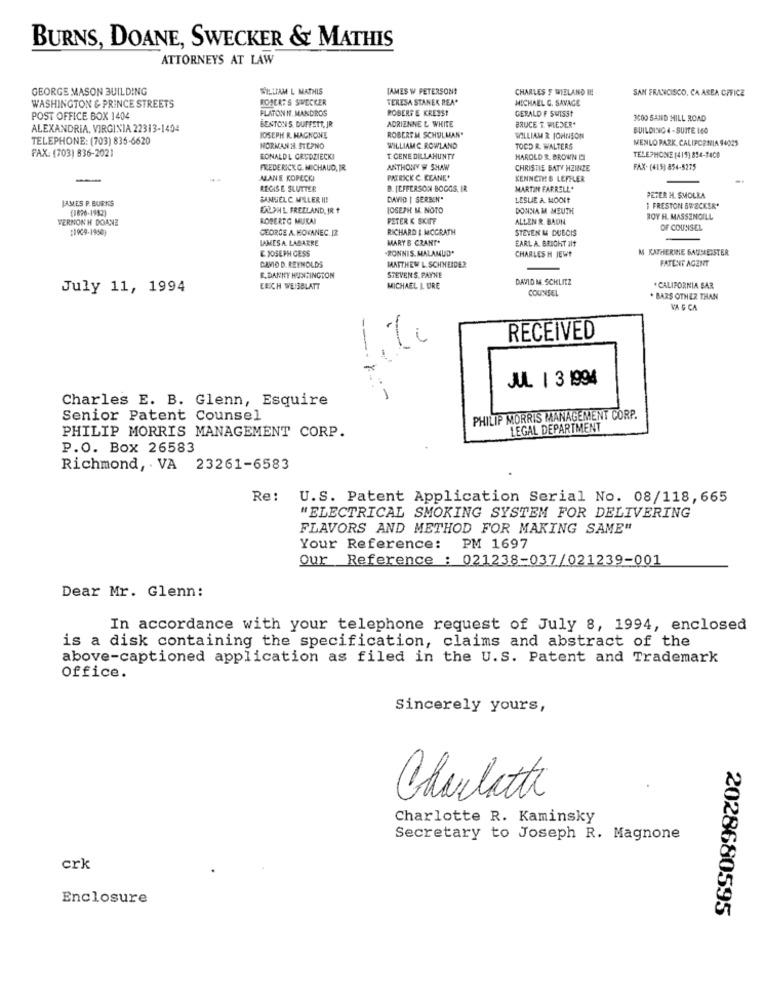
BURNS, DOANE, SWECKER & MATHIS
ATTORNEYS AT LAW
GEORGE MASON BUILDING
WILLIAM L MATHIS
JAMES W PETERSON!
CHARLES F WIELAND IE
SAN FRANCISCO, CA AREA OFFICE
ROBERT'S SWECKER
TERESA STANEK REA*
MICHAEL G. SAVAGE
WASHINGTON & PRINCE STREETS
PLATON N. MANDROS
ROBERTE KREBS!
GERALD F SWISST
POST OFFICE BOX 1404
ADRIENNE & WHITE
BRUCE T. WIEDER*
3COO SAND HILL ROAD
ALEXANDRIA, VIRGINIA 22313-1404
BESTONS BUFFETT, JR
BUILDING 4 - SUITE 160
TELEPHONE: (703) 835-6620
JOSEPH R. NACHONE
ROBEREM SCHULMAN"
WILLIAM & JOHNSON
MENLO PARK, CALIFORNIA 94025
NORMANDA STEPNO
WILLIAMC ROWLAND
TOGD R. WALTERS
FAX: (703) 836-2021
RONALDL GRUDZIECKI
T. CENE DILLAHUNTY
HAROLD & BROWN DI
TELEPHONE [415) 894-7400
FREDERICK G. MICHAUD, IR.
ANTHONY W SHAW
CHRISTIE BATY HZINZE
FAX: (+15) 854-5275
MANE KOPECKI
PATRICK C. KEANE*
KENNETH & LEFFLER
RECHSE SLUTTER
B. [CFFERSON BOGGS, IR
MARTIN FARRELL*
JAMES P. BURNS
CANSEL C MILLER !!!
DAVID [ SERBEN*
LESLIE A. MOOIE
PETER H. SMOLKA
(1696-1982)
CALLPHIL FREELAND, IR ?
JOSEPH M. NOTO
DONNA M MEUTH
1 FRESTON 5WECKER'
VERNONH DOANE
ROBERTO MUKAI
PETER K SKIFF
ALLEN R. BADN
BOY HL. MASSENGILL
:1909-1950)
GEORGE A. MOKANEC. 12
RICHARD & MCGRATH
STEVEN M DUBCIS
OF COUNSEL
LAMESA. LABARRE
MARY B CRANT*
EARL A. BRIGHT alt
-RONNIS. MALAMUD.
M KATHERINE SAUCEEISTER
E JOSEPH GESS
CHARLES H JEWE
PATENT AGENT
CAVIO D. REYNOLDS
MATTHEW L. SCHNEIDER
R.DANNY HUNTINGTON
STEVENS, PAYNE
DAVID M SCHLITZ
July 11, 1994
ERICH WEISBLATT
MICHAEL L URE
COUNSEL
*CALIFORNIA SAR
* BARS OTHER THAN
VA & CA
RECEIVED
JUL 1 3 1994
Charles E. B. Glenn, Esquire
Senior Patent Counsel
PHILIP MORRIS MANAGEMENT CORP.
PHILIP MORRIS MANAGEMENT CORP.
LEGAL DEPARTMENT
P.O. Box 26583
Richmond, VA 23261-6583
Re:
U.S. Patent Application Serial No. 08/118, 665
"ELECTRICAL SMOKING SYSTEM FOR DELIVERING
FLAVORS AND METHOD FOR MAKING SAME"
Your Reference: PM 1697
Our Reference : 021238-037/021239-001
Dear Mr. Glenn:
In accordance with your telephone request of July 8, 1994, enclosed
is a disk containing the specification, claims and abstract of the
above-captioned application as filed in the U.S. Patent and Trademark
Office.
Sincerely yours,
Charlotte
Charlotte R. Kaminsky
Secretary to Joseph R. Magnone
crk
Enclosure
2028680595